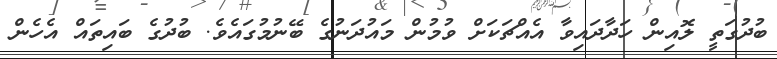
ބުދުގަތީ ލޮއިން ހަދާދައިވާ އެއްޗަކަށް ވުމުން މައުދަނުގެ ބޭނުމުގައެވެ. ބުދުގެ ބައިތައް އެހެން